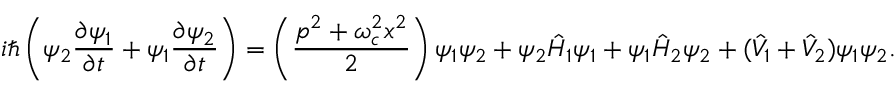
i \hbar \left( \psi _ { 2 } \frac { \partial \psi _ { 1 } } { \partial t } + \psi _ { 1 } \frac { \partial \psi _ { 2 } } { \partial t } \right) = \left( \frac { p ^ { 2 } + \omega _ { c } ^ { 2 } x ^ { 2 } } { 2 } \right) \psi _ { 1 } \psi _ { 2 } + \psi _ { 2 } \hat { H } _ { 1 } \psi _ { 1 } + \psi _ { 1 } \hat { H } _ { 2 } \psi _ { 2 } + ( \hat { V } _ { 1 } + \hat { V } _ { 2 } ) \psi _ { 1 } \psi _ { 2 } .